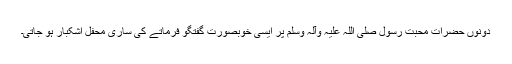
دونوں حضرات محبت رسول صلی اللہ علیہ وآلہ وسلم پر ایسی خوبصورت گفتگو فرماتے کی ساری محفل اشکبار ہو جاتی۔